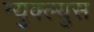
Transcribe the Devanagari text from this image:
न्युक्ल्युस